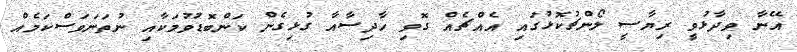
އޭނާ ވިދާޅުވީ ރިޔާސީ ލޯންޗުކޮޅުގައި އެއްޗެއް ގޮވި ހާދިސާއާ ގުޅިގެން ކަންބޮޑުވުމަކާއި ނުތަނަވަސްކަމެއް